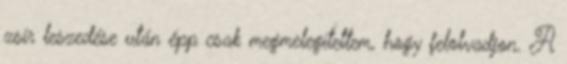
zsír leszedése után épp csak megmelegítettem, hogy felolvadjon. A